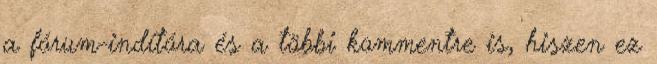
a fórum-indítóra és a többi kommentre is, hiszen ez